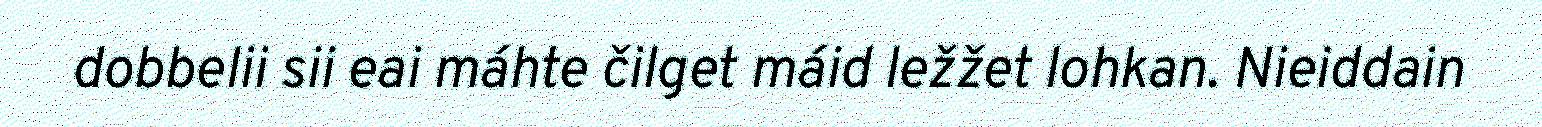
dobbelii sii eai máhte čilget máid ležžet lohkan. Nieiddain